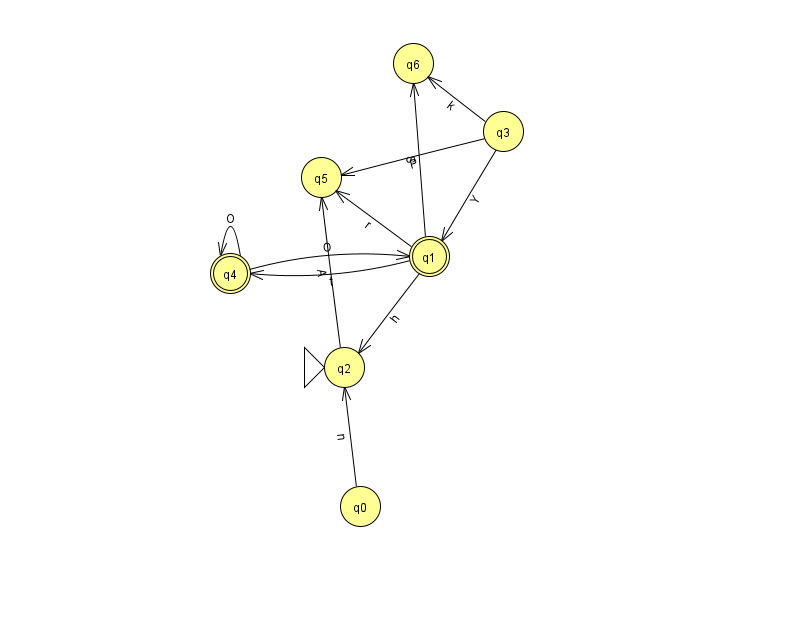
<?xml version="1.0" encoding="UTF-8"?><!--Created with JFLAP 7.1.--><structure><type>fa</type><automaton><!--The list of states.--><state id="0" name="q0"><x>360.0</x><y>493.0</y></state><state id="1" name="q1"><x>429.0</x><y>243.0</y><final/></state><state id="2" name="q2"><x>344.0</x><y>354.0</y><initial/></state><state id="3" name="q3"><x>503.0</x><y>118.0</y></state><state id="4" name="q4"><x>230.0</x><y>260.0</y><final/></state><state id="5" name="q5"><x>321.0</x><y>164.0</y></state><state id="6" name="q6"><x>413.0</x><y>50.0</y></state><!--The list of transitions.--><transition><from>4</from><to>1</to><read>O</read></transition><transition><from>0</from><to>2</to><read>n</read></transition><transition><from>1</from><to>6</to><read>S</read></transition><transition><from>3</from><to>1</to><read>Y</read></transition><transition><from>1</from><to>4</to><read>t</read></transition><transition><from>2</from><to>5</to><read>A</read></transition><transition><from>1</from><to>2</to><read>h</read></transition><transition><from>1</from><to>5</to><read>r</read></transition><transition><from>3</from><to>5</to><read>P</read></transition><transition><from>3</from><to>6</to><read>k</read></transition><transition><from>4</from><to>4</to><read>O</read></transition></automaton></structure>